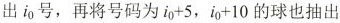
出i_{0}号，再将号码为$$i_{0}+5$$，$$i_{0}+10$$的球也抽出